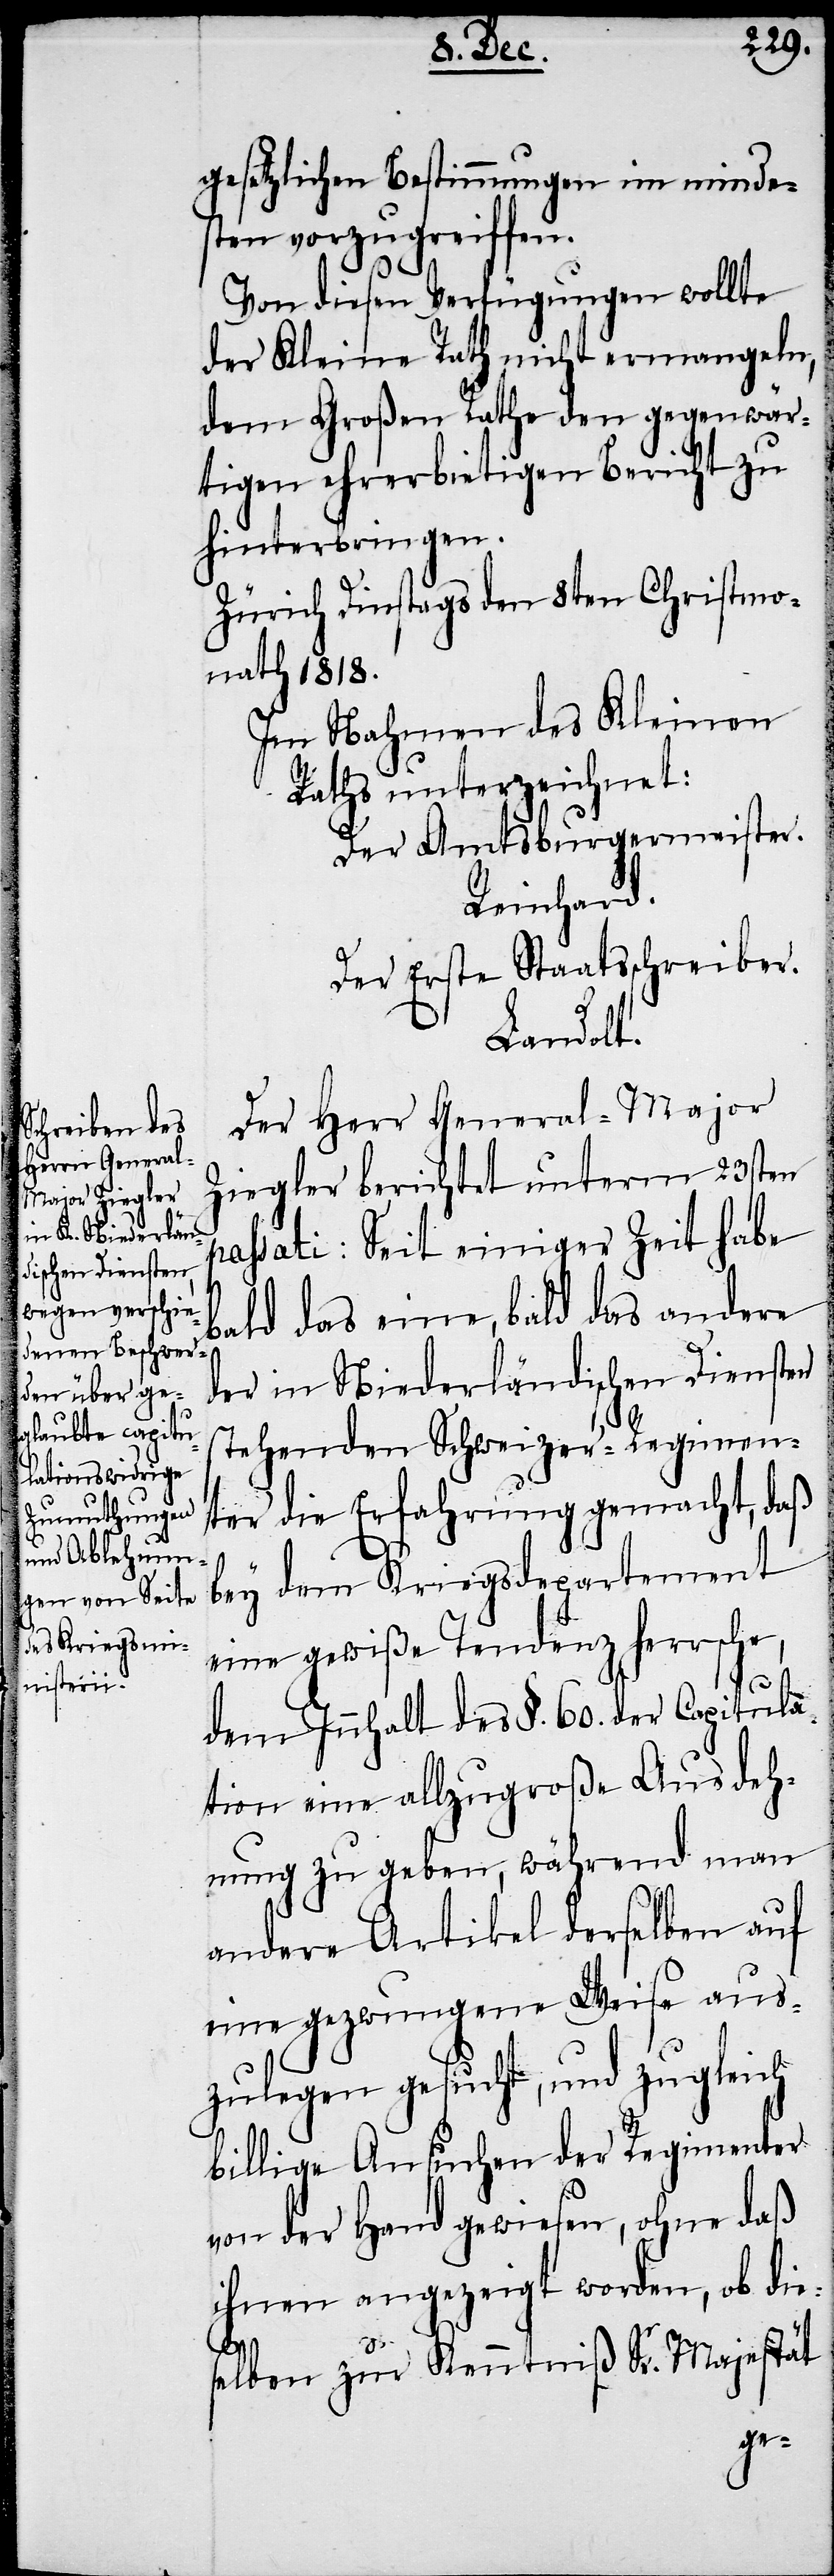
gesetzlichen Bestimmungen im minde¬
sten vorzugreiffen.
Von diesen Verfügungen wollte
der Kleine Rath nicht ermangeln,
dem Großen Rathe den gegenwär¬
tigen ehrerbietigen Bericht zu
hinterbringen.
Zürich Dinstags den 8ten Christmo¬
nath 1818.
Im Nahmen des Kleinen
Raths unterzeichnet:
Der Amtsburgermeister.
Reinhard.
Der Erste Staatsschreiber.
Landolt.
Der Herr General-Major
Ziegler berichtet unterm 23sten
passati: Seit einiger Zeit habe
bald das eine, bald das andere
der in Niederländischen Diensten
stehenden Schweizer-Regimen¬
ter die Erfahrung gemacht, daß
bey dem Kriegsdepartement
eine gewiße Tendenz herrsche,
dem Innhalt des §. 60. der Capitula¬
tion eine allzugroße Ausdeh¬
nung zu geben, während man
andere Artikel derselben auf
eine gezwungene Weise aus¬
zulegen gesucht, und zugleich
billige Ansuchen der Regimenter
von der Hand gewiesen, ohne daß
ihnen angezeigt worden, ob die¬
selben zur Kenntniß Sr. Majestät